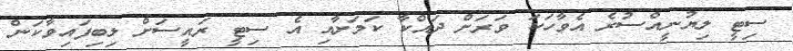
ސިޓީ ލިޔުނީއްސުރެ އެވާހަކަ ވަރަށް ދައްކާ ކަމަށާއި އެ ސިޓީ ރައީސަށް ލިބިފައިވާކަން